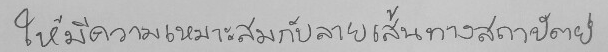
ให้มีความเหมาะสมกับลายเส้นทางสถาปัตย์